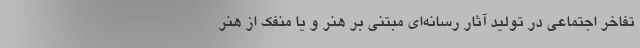
تفاخر اجتماعی در تولید آثار رسانه‌ای مبتنی بر هنر و یا منفک از هنر